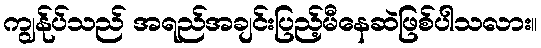
ကျွန်ုပ်သည် အရည်အချင်းပြည့်မီနေဆဲဖြစ်ပါသလား။